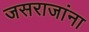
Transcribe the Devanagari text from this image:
जसराजांना